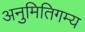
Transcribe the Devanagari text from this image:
अनुमितिगम्य